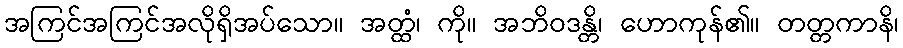
အကြင်အကြင်အလိုရှိအပ်သော။ အတ္ထံ၊ ကို။ အဘိဝဒန္တိ၊ ဟောကုန်၏။ တတ္တကာနိ၊